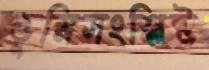
ভূমিসংশ্লিষ্ট